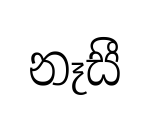
නෑසී